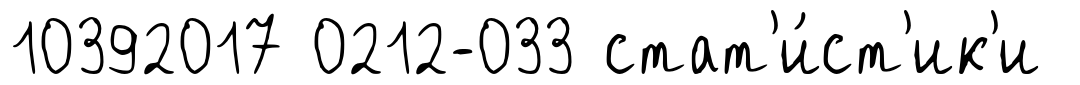
10392017 0212-033 стат'и́ст'ик'и